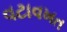
વટાવખત